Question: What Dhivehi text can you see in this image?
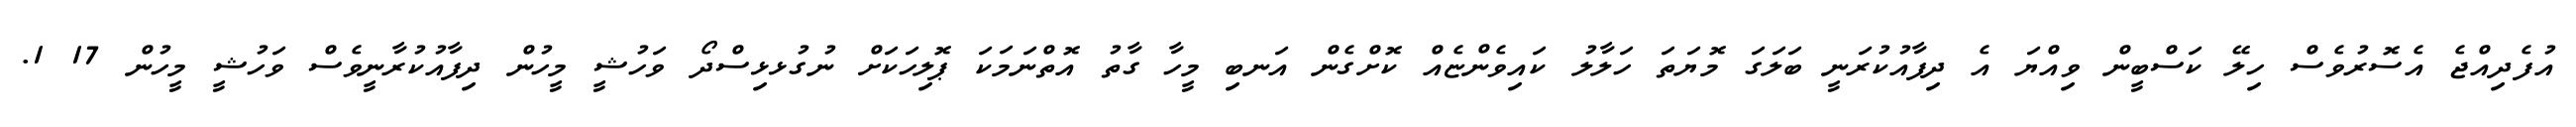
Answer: އުފެދިއްޖެ އެސޮރުވެސް ހިލޭ ކަސްބީން ވިއްޔަ އެ ދިފާއުކުރަނީ ބަލަގަ މޮޔަތަ ހަލާލު ކައިވެންޏެއް ކޮށްގެން އަނބި މީހާ ގާތު އޮތްނަމަކަ ޕޮލިހަކަށް ނުގުޅޅިސްދޯ ވަހުޝީ މީހުން ދިފާއުކުރާނީވެސް ވަހުޝީ މީހުން 17 1.